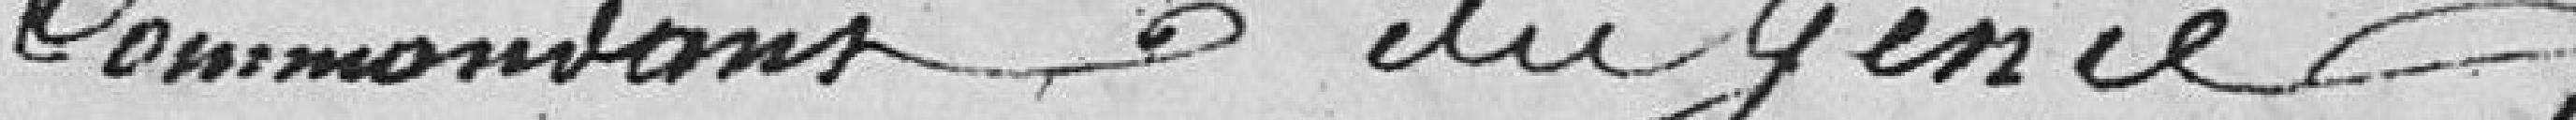
Commandant du Génie